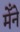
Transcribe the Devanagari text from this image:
मेँने